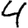
Digit: 4